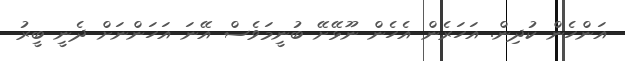
އަންހެން ކުދިން. އަހަރެން އެހެން ނޫޅޭށޭ ބުނީމަވެސް އޭނަ އަހަންނަށް ދެނީ ބީރު